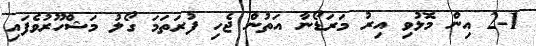
2-1 އިން މޮޅުވި އިރު މަރަޑޯނާ އަތުން ޖެހި ފުރަތަމަ ގޯލު މަޝްހޫރުވެފައި